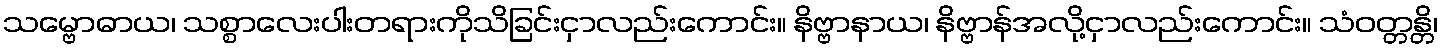
သမ္ဗောဓာယ၊ သစ္စာလေးပါးတရားကိုသိခြင်းငှာလည်းကောင်း။ နိဗ္ဗာနာယ၊ နိဗ္ဗာန်အလို့ငှာလည်းကောင်း။ သံဝတ္တန္တိ၊